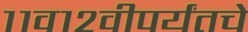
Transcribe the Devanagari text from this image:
११व१२वीपर्यंतचे